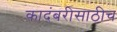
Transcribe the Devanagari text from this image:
कादंबरीसाठीच